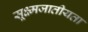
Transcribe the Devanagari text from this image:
सूक्ष्मजातीयता